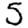
Digit: 3